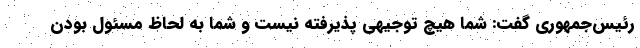
رئیس‌جمهوری گفت: شما هیچ توجیهی پذیرفته نیست و شما به لحاظ مسئول بودن